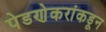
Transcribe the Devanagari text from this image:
पेडणेकरांकडून